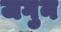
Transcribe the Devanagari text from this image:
जगुन